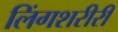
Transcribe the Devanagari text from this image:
लिंगशरीरीं